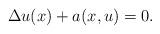
LaTeX: \begin{align*} \Delta u(x)+a(x,u)=0.\end{align*}